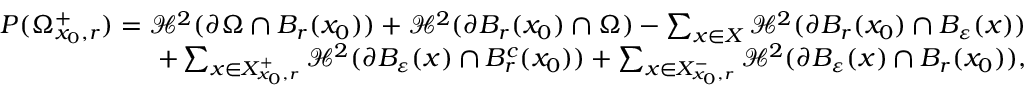
\begin{array} { r } { P ( \Omega _ { x _ { 0 } , r } ^ { + } ) = \mathcal H ^ { 2 } ( \partial \Omega \cap B _ { r } ( x _ { 0 } ) ) + \mathcal H ^ { 2 } ( \partial B _ { r } ( x _ { 0 } ) \cap \Omega ) - \sum _ { x \in X } \mathcal H ^ { 2 } ( \partial B _ { r } ( x _ { 0 } ) \cap B _ { \varepsilon } ( x ) ) } \\ { + \sum _ { x \in X _ { x _ { 0 } , r } ^ { + } } \mathcal H ^ { 2 } ( \partial B _ { \varepsilon } ( x ) \cap B _ { r } ^ { c } ( x _ { 0 } ) ) + \sum _ { x \in X _ { x _ { 0 } , r } ^ { - } } \mathcal H ^ { 2 } ( \partial B _ { \varepsilon } ( x ) \cap B _ { r } ( x _ { 0 } ) ) , } \end{array}